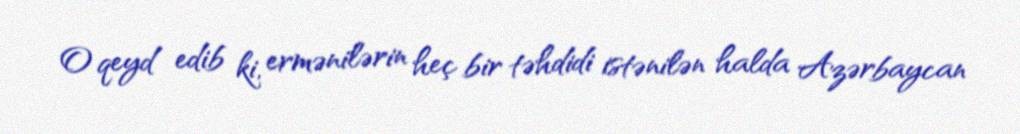
O qeyd edib ki, ermənilərin heç bir təhdidi istənilən halda Azərbaycan